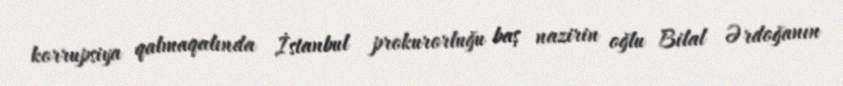
korrupsiya qalmaqalında İstanbul prokurorluğu baş nazirin oğlu Bilal Ərdoğanın